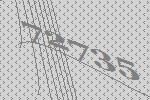
72735